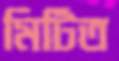
মিটিত